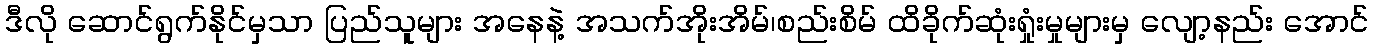
ဒီလို ဆောင်ရွက်နိုင်မှသာ ပြည်သူများ အနေနဲ့ အသက်အိုးအိမ်၊စည်းစိမ် ထိခိုက်ဆုံးရှုံးမှုများမှ လျော့နည်း အောင်